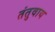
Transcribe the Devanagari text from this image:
तंतुवाय